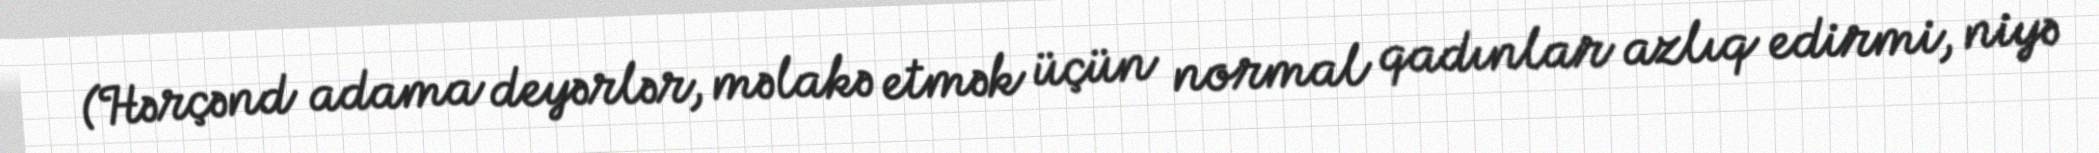
(Hərçənd adama deyərlər, məlakə etmək üçün normal qadınlar azlıq edirmi, niyə